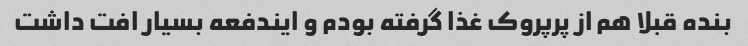
بنده قبلا هم از پرپروک غذا گرفته بودم و ایندفعه بسیار افت داشت